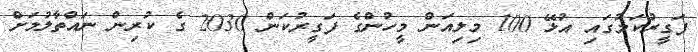
ފަގީރުކަމުގައި އުޅޭ 100 މިލިއަން މީހުންގެ ފަގީރުކަން 2030 ގެ ކުރިން ނައްތާލުމަށް